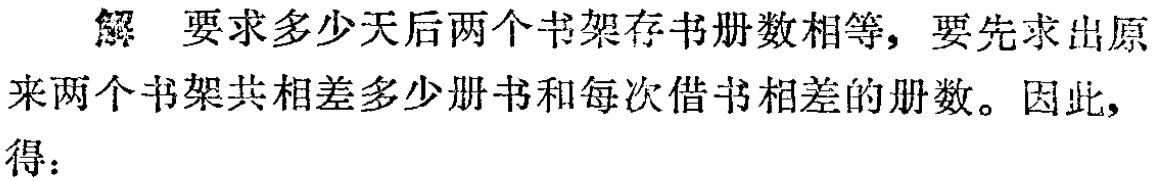
解 要求多少天后两个书架存书册数相等，要先求出原来两个书架共相差多少册书和每次借书相差的册数。因此，得：